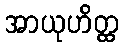
အာယုဟိတ္ထ